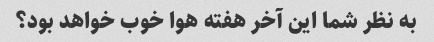
به نظر شما این آخر هفته هوا خوب خواهد بود؟